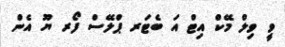
ވީ ވިލް މޭކް އިޓް އަ ބެޓަރ ޕްލޭސް ފޯރ ޔޫ އެން